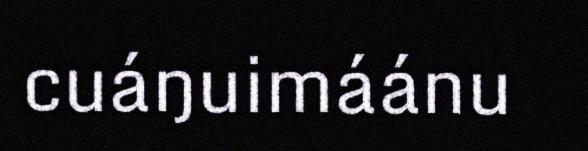
cuáŋuimáánu